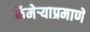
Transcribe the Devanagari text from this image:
कॅमेऱ्याप्रमाणे